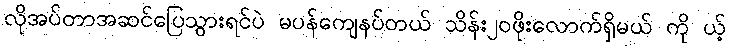
လိုအပ်တာအဆင်ပြေသွားရင်ပဲ မပန်ကျေနပ်တယ် သိန်း၂၀ဖိုးလောက်ရှိမယ် ကို ယ့်